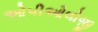
ઓપીઓલોજી